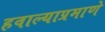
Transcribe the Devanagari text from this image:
हवाल्याप्रमाणे